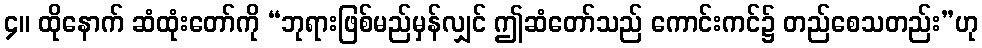
၄။ ထိုနောက် ဆံထုံးတော်ကို “ဘုရားဖြစ်မည်မှန်လျှင် ဤဆံတော်သည် ကောင်းကင်၌ တည်စေသတည်း”ဟု